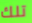
تلك